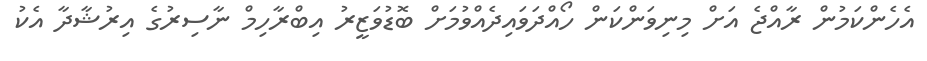
އެހެންކަމުން ރާއްޖެ އަށް މިނިވަންކަން ހޯއްދަވައިދެއްވުމަށް ބޮޑުވަޒީރު އިބްރާހިމް ނާސިރުގެ އިރުޝާދާ އެކު